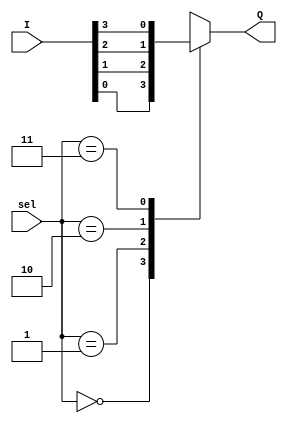
`timescale 1ns/10ps
//Modulo de descripcion del 
//circuito multiplexor 4 entradas a 1 salida
module mux_4in_1out_case(
    input  [3:0] I,
    input [1:0] sel,
    output reg Q);
        always @ (sel[1],sel[0],I[0],I[1],I[2],I[3])
            case (sel)
                2'b00 : Q = I[0];
                2'b01 : Q = I[1];
                2'b10 : Q = I[2];
                2'b11 : Q = I[3];
            endcase
endmodule